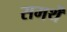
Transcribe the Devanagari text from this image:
समर्थें